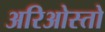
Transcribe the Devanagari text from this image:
अरिओस्तो